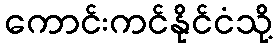
ကောင်းကင်နိုင်ငံသို့